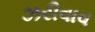
ઝરીવાવ